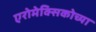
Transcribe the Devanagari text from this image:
एरोमेक्सिकोच्या